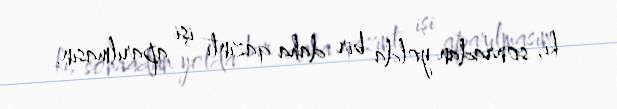
ki, sonradan yolda bir daha qazıntı işi aparılmasın.